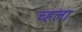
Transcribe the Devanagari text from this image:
च्हला